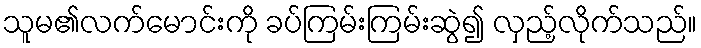
သူမ၏လက်မောင်းကို ခပ်ကြမ်းကြမ်းဆွဲ၍ လှည့်လိုက်သည်။